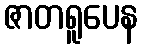
ဇာတရူပေန